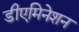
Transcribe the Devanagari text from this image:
डीएमिनेशन